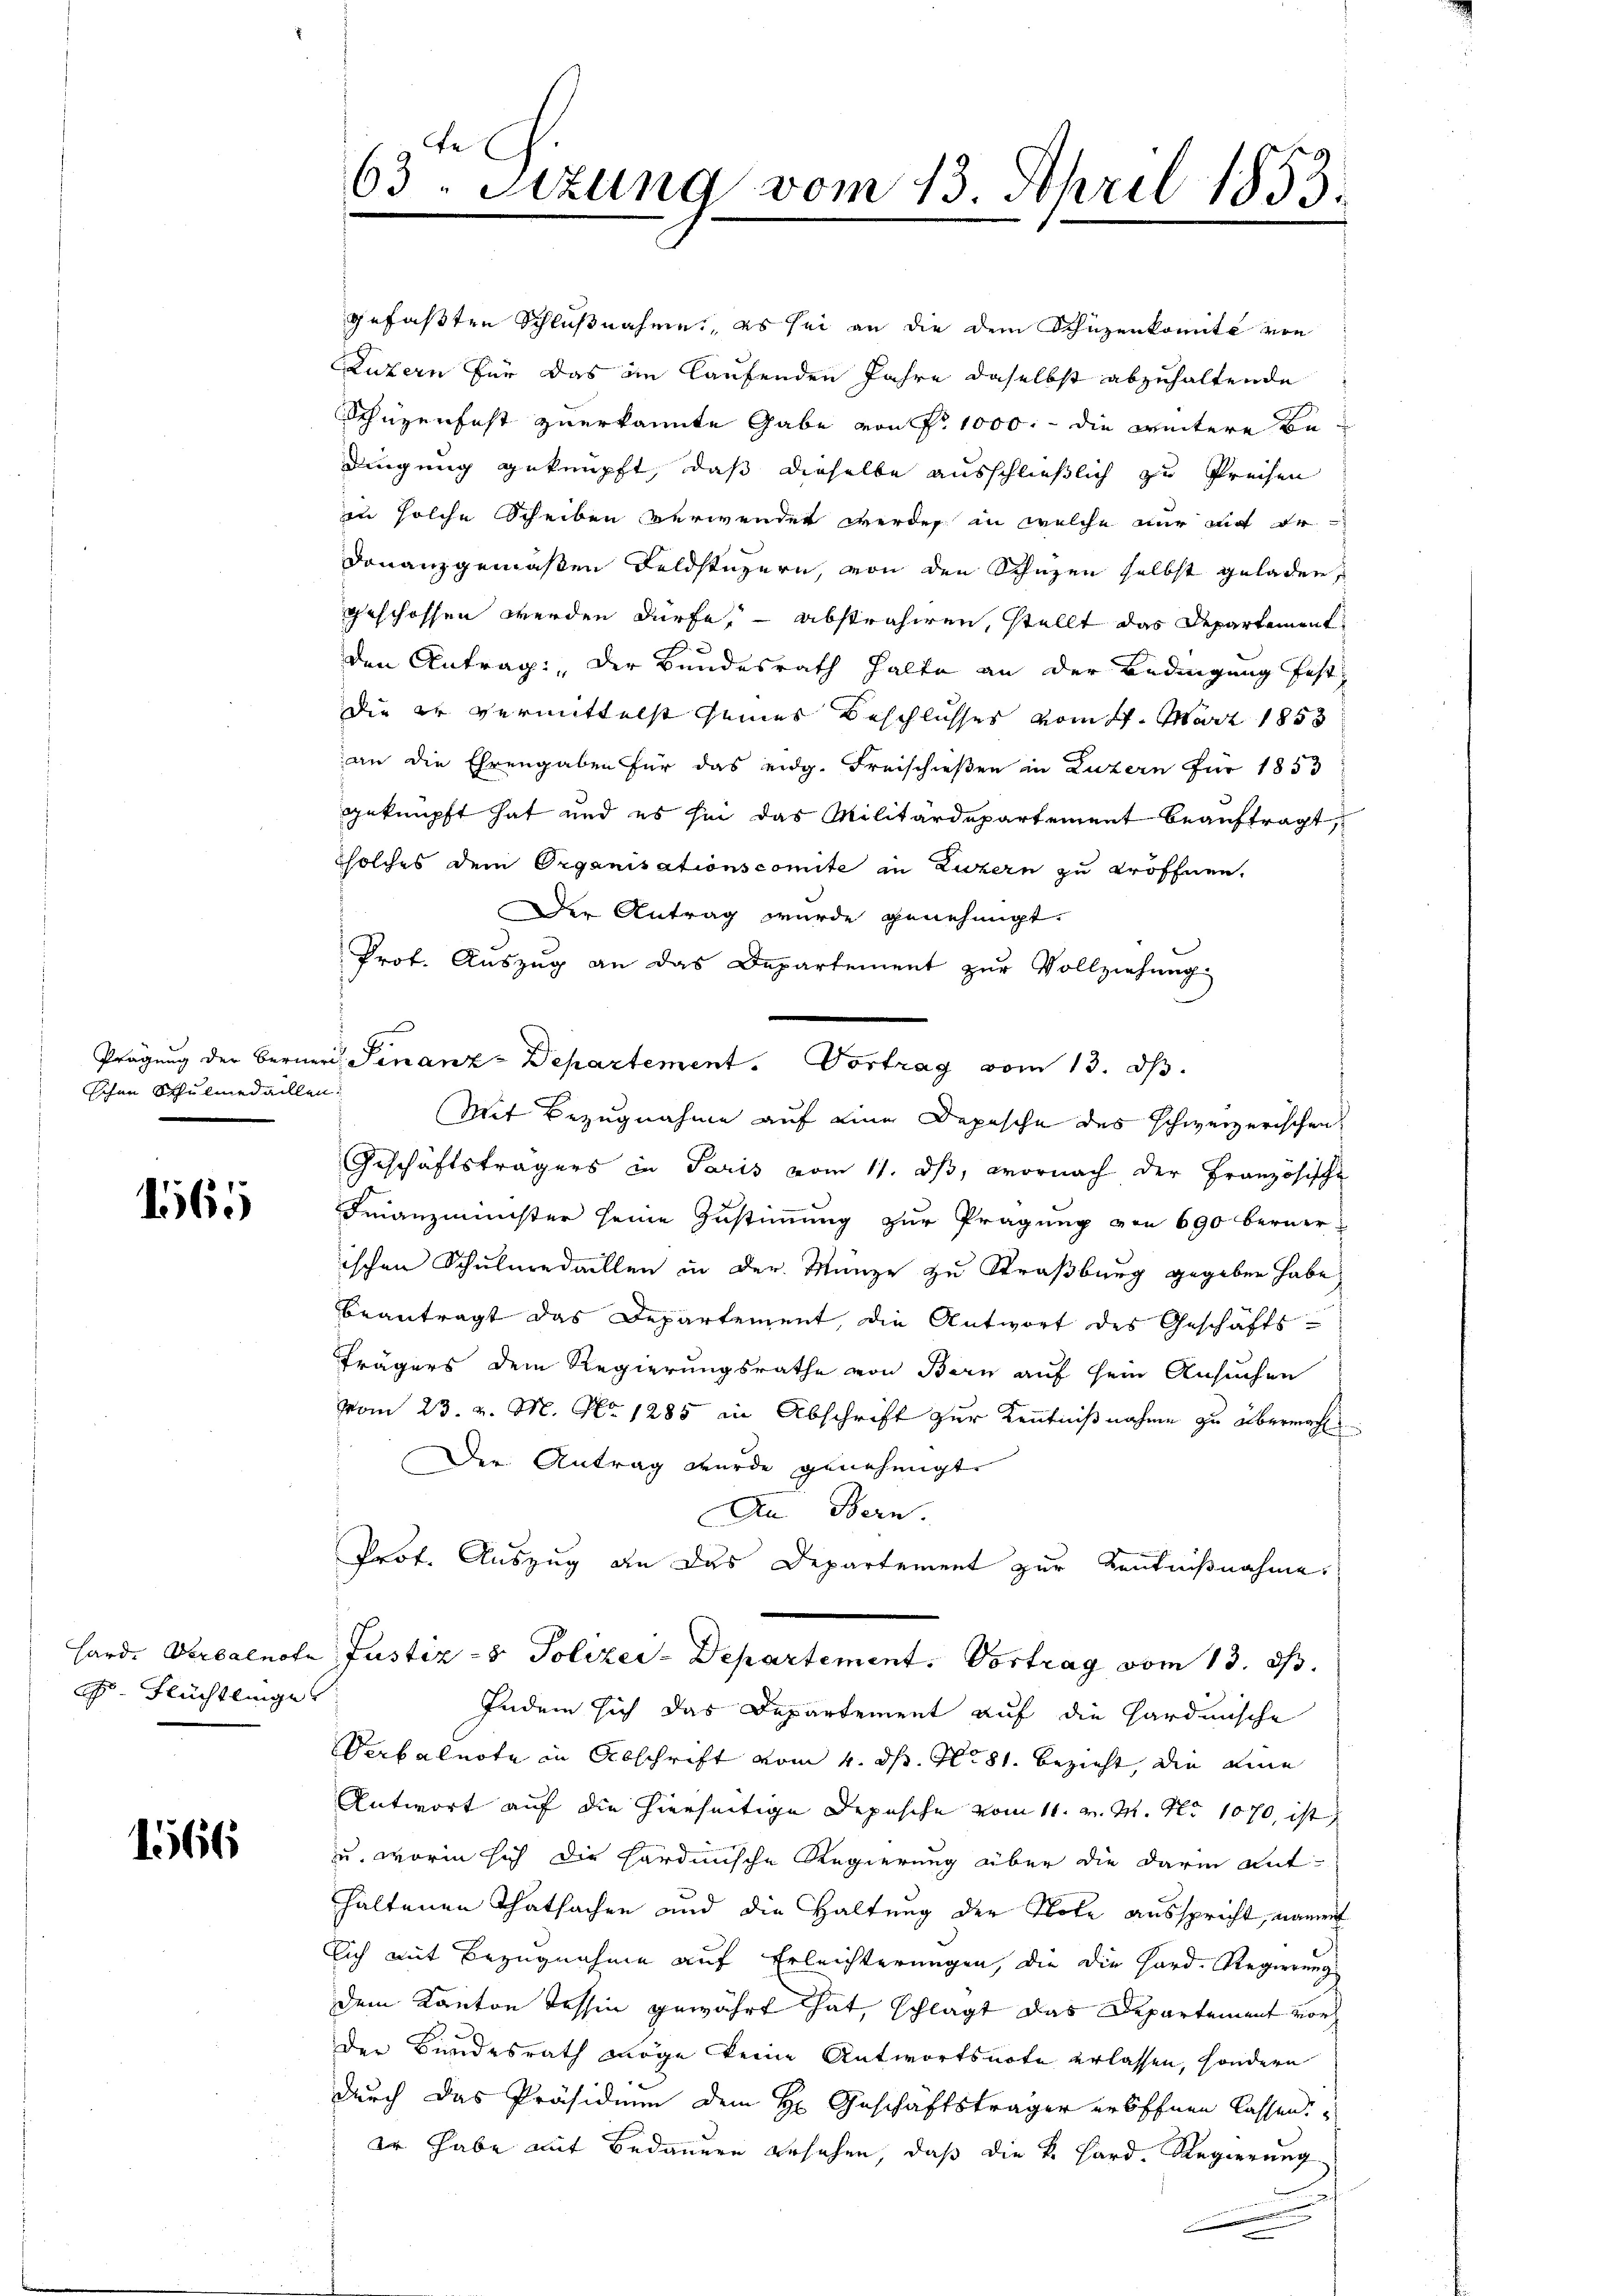
Schon Schulmedaillen.

1165

F. Flüchtlinges

1566

fe
63. Sizung vom 13. April 1853.

gefaßten Schlußnahme, es sei an die dem Schüzenkomite von
Luzern für das im laufenden Jahre daselbst abzuhaltende
Schüzenfest zuerkannte Gabe von fr. 1000. - die weitere Bedingung geknüpft, daß dieselbe ausschließlich zu Preisen
in solche Scheiben verwendet werden in welche nur mit er
donanzgemäßen Feldstuzern, von den Schuzen selbst geladen,
geschossen werden dürfe, abstrahiren, stellt das Departement
den Antrag: „Der Bundesrath halte an der Bedingung fest
Die er vermittelst seines Beschlusses vom 17. März 1853
an die Ehrengaben für das eidg. Freischießen in Luzern für 1853
geknüpft hat und es sei das Militärdepartement beauftragt,
solches dem Organisationscomite in Luzern zu eröffnen.
Der Antrag wurde genehmigt.
Prot. Aŭszŭg an das Departement zŭr Vollziehŭng
x
Prägung der Berner Finanz-Departement. Vortrag vom 13. d.
Mit Bezugnahme auf eine Depesche des schweizerischen
Geschäftsträgers in Paris vom 11. dβ, wornach der Französische
Finanzminister seine Zustimmung zur Prägung von 690 berner-
ischen Schulmedaillen in der Münze zu Straßburg gegeben habe,
beantragt das Departement, die Antwort des Geschäfts
Trägers dem Regierungsrathe von Bern auf sein Ansuchen
vom 23. v. M. No 1285 in Abschrift zur Kenntnißnahme zu übermacht
Der Antrag wurde genehmigt.
An Bern.
Prof. Auszug an das Departement zur Kenntnißnahme.
hard. Verbalnote Justiz- & Polizei-Departement. Vortrag vom 13. ds.
Indem sich das Departement auf die Hardinische
Verbalnote in Abschrift vom 4. dh. N. 81. bezieht, die eine
Antwort auf die hierseitige Depesche vom 11. v. M. No 1070, ist
zu, worin sich die hardinische Regierung über die darin ant-
haltenen Thatsachen und die Haltung der Note ausspricht, nament
sich mit Bezugnahme auf Erleichterungen, die die Hard-Regierungs
dem Kanton Tessin gewährt hat, schlägt das Departement vor
der Bundesrath möge keine Antwortsnote erlassen, sondern
durch das Präsidium dem H. Geschäftsträger eröffnen lassen.
er habe mit Bedauern gesehen, daß die k. Hard. Regierung
.